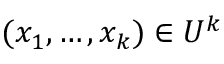
( x _ { 1 } , \dots , x _ { k } ) \in U ^ { k }